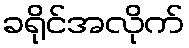
ခရိုင်အလိုက်